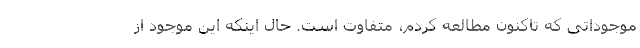
موجوداتی که تاکنون مطالعه کردم، متفاوت است. حال اینکه این موجود از